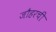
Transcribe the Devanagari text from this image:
जौहरची